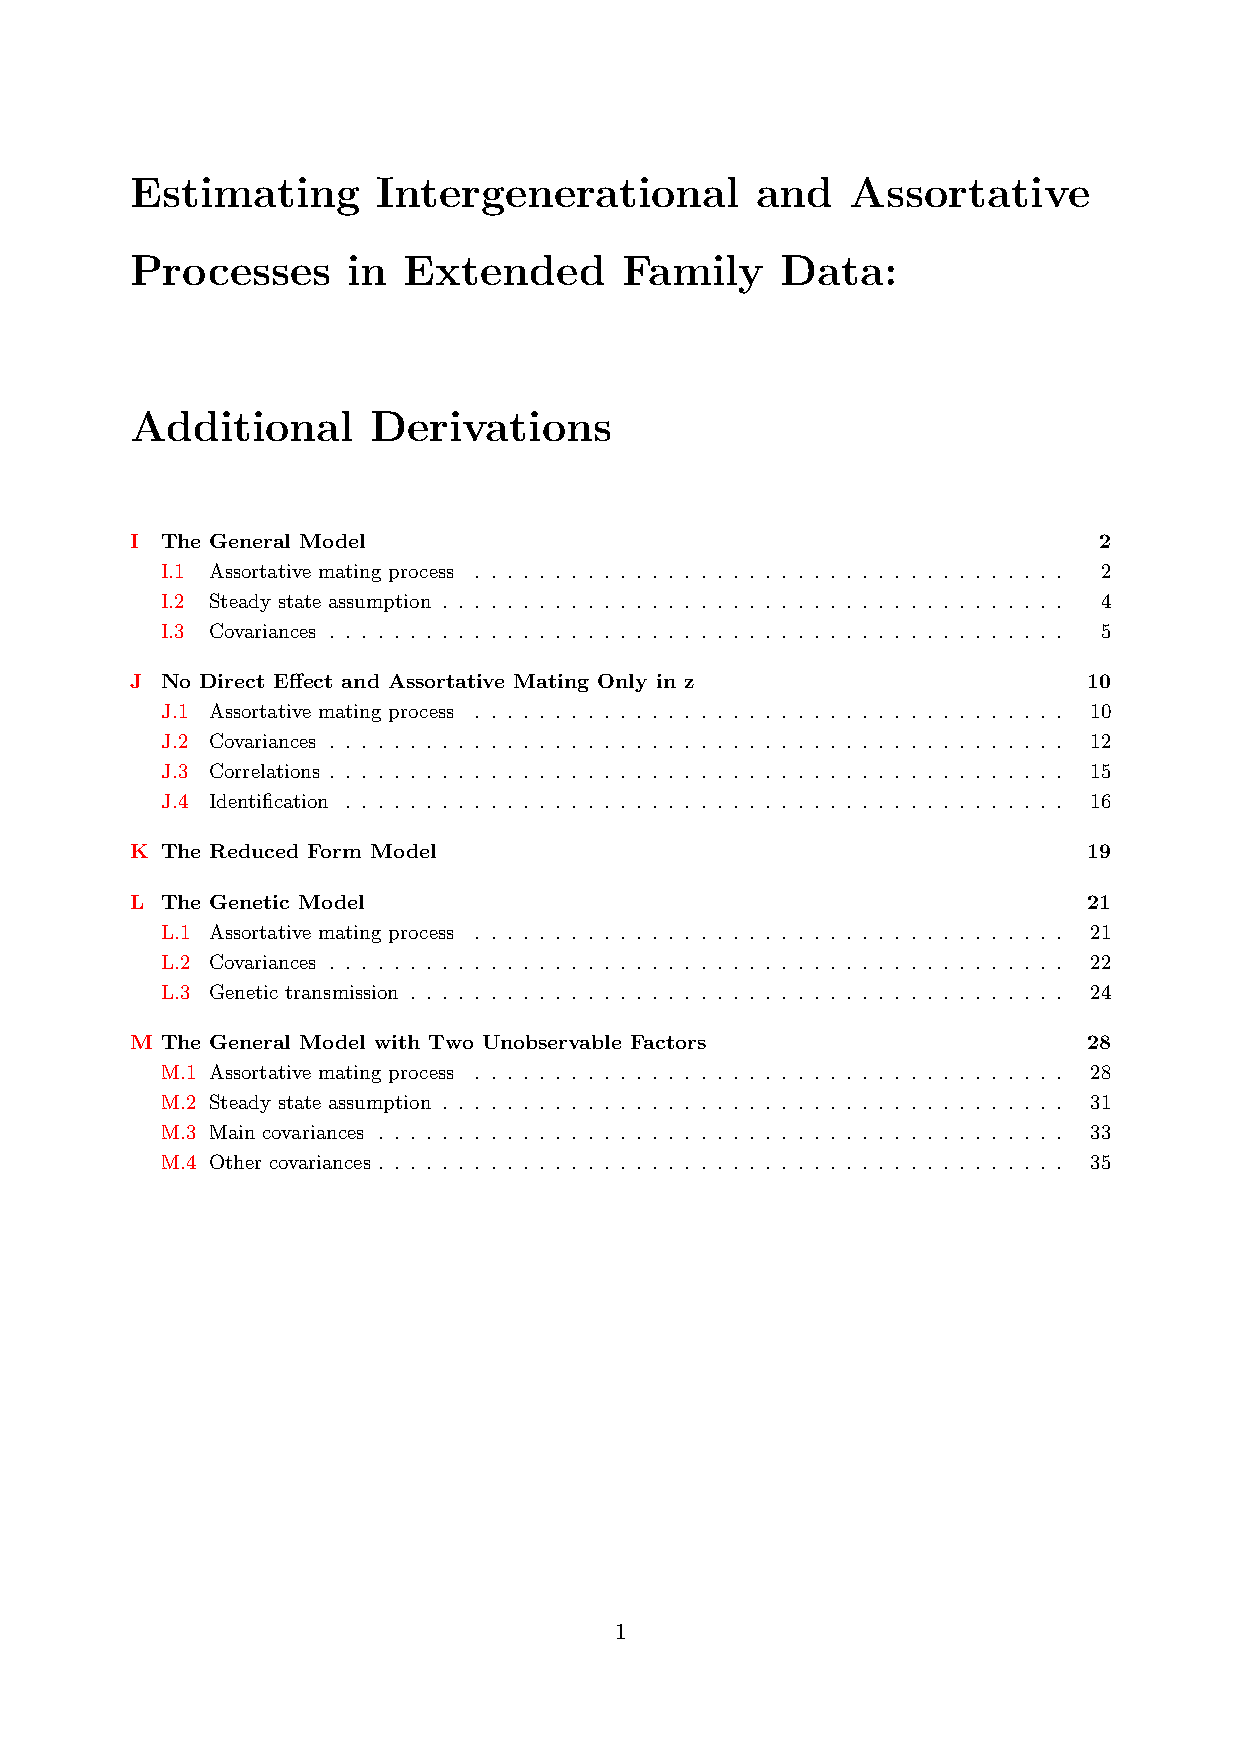
Estimating      Intergenerational        and   Assortative
 Processes     in  Extended      Family     Data:
 Additional      Derivations
 I The General Model                                             2
 I.1 Assortative mating process . . . . . . . . . . . . . . . . . . . . . . . . . . . . . . . . . . . . . 2
 I.2 Steady state assumption . . . . . . . . . . . . . . . . . . . . . . . . . . . . . . . . . . . . . . . 4
 I.3 Covariances . . . . . . . . . . . . . . . . . . . . . . . . . . . . . . . . . . . . . . . . . . . . . . 5
 J No Direct E↵ect and Assortative Mating Only in z             10
 J.1 Assortative mating process . . . . . . . . . . . . . . . . . . . . . . . . . . . . . . . . . . . . . 10
 J.2 Covariances . . . . . . . . . . . . . . . . . . . . . . . . . . . . . . . . . . . . . . . . . . . . . . 12
 J.3 Correlations . . . . . . . . . . . . . . . . . . . . . . . . . . . . . . . . . . . . . . . . . . . . . . 15
 J.4 Identification . . . . . . . . . . . . . . . . . . . . . . . . . . . . . . . . . . . . . . . . . . . . . 16
 K The Reduced Form Model                                       19
 L The Genetic Model                                            21
 L.1 Assortative mating process . . . . . . . . . . . . . . . . . . . . . . . . . . . . . . . . . . . . . 21
 L.2 Covariances . . . . . . . . . . . . . . . . . . . . . . . . . . . . . . . . . . . . . . . . . . . . . . 22
 L.3 Genetic transmission . . . . . . . . . . . . . . . . . . . . . . . . . . . . . . . . . . . . . . . . . 24
 M The General Model with Two Unobservable Factors              28
 M.1 Assortative mating process . . . . . . . . . . . . . . . . . . . . . . . . . . . . . . . . . . . . . 28
 M.2 Steady state assumption . . . . . . . . . . . . . . . . . . . . . . . . . . . . . . . . . . . . . . . 31
 M.3 Main covariances . . . . . . . . . . . . . . . . . . . . . . . . . . . . . . . . . . . . . . . . . . . 33
 M.4 Other covariances . . . . . . . . . . . . . . . . . . . . . . . . . . . . . . . . . . . . . . . . . . . 35
 1